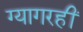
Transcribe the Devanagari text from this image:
ग्यागरहीं